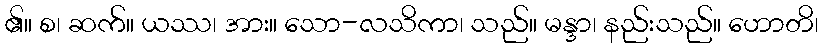
၏။ စ၊ ဆက်။ ယဿ၊ အား။ သော-လသိကာ၊ သည်။ မန္ဒာ၊ နည်းသည်။ ဟောတိ၊